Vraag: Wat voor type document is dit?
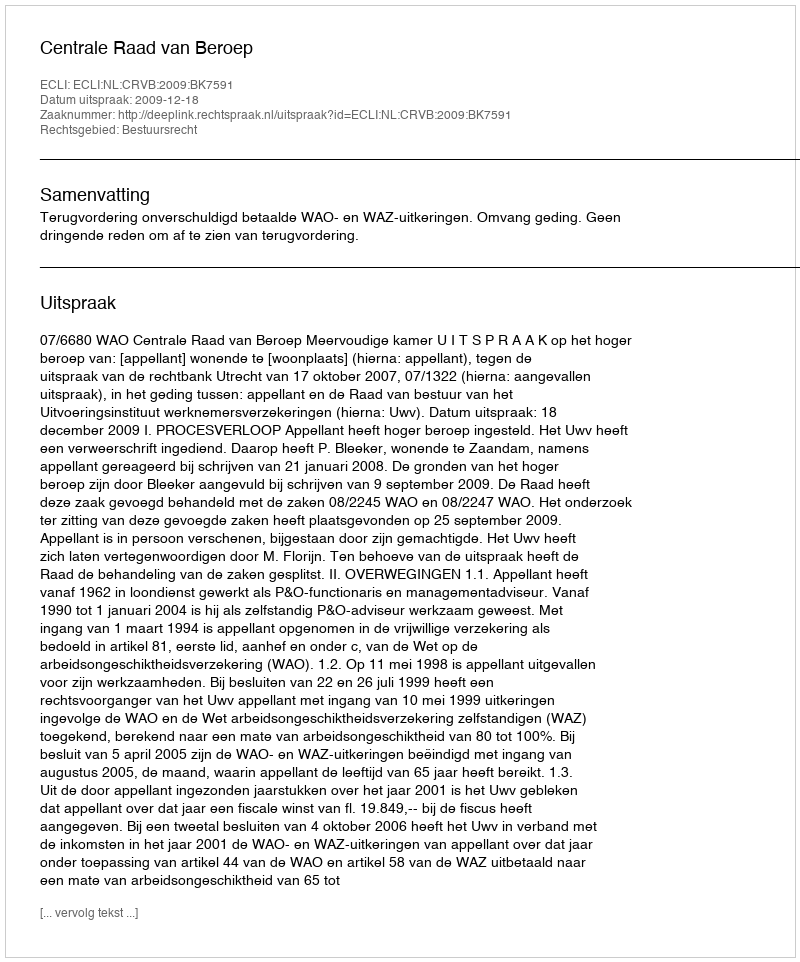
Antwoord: Uitspraak